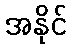
အနိုင်